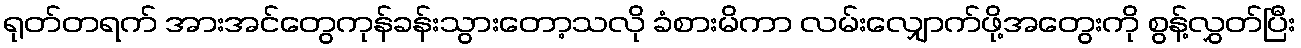
ရုတ်တရက် အားအင်တွေကုန်ခန်းသွားတော့သလို ခံစားမိကာ လမ်းလျှောက်ဖို့အတွေးကို စွန့်လွှတ်ပြီး